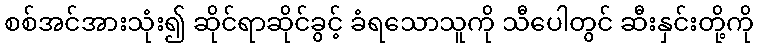
စစ်အင်အားသုံး၍ ဆိုင်ရာဆိုင်ခွင့် ခံရသောသူကို သီပေါတွင် ဆီးနှင်းတို့ကို